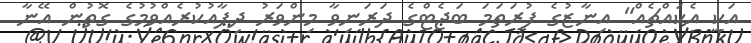
އަކީ އެކައްޗެއް" އިނާޒުގެ ފުރަތަމަ ބަޖެޓްގެ ދަރަނިވާ މިންވަރު ދިފާއުކުރެއްވުމުގެ ގޮތުން އޭނާ